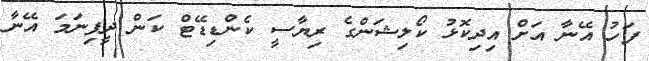
ފަހު އޭނާ އަށް އިދިކޮޅު ކޯލިޝަންގެ ރިޔާސީ ކެންޑިޑޭޓް ކަން ދީފިނަމަ އޭނާ